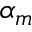
\alpha _ { m }